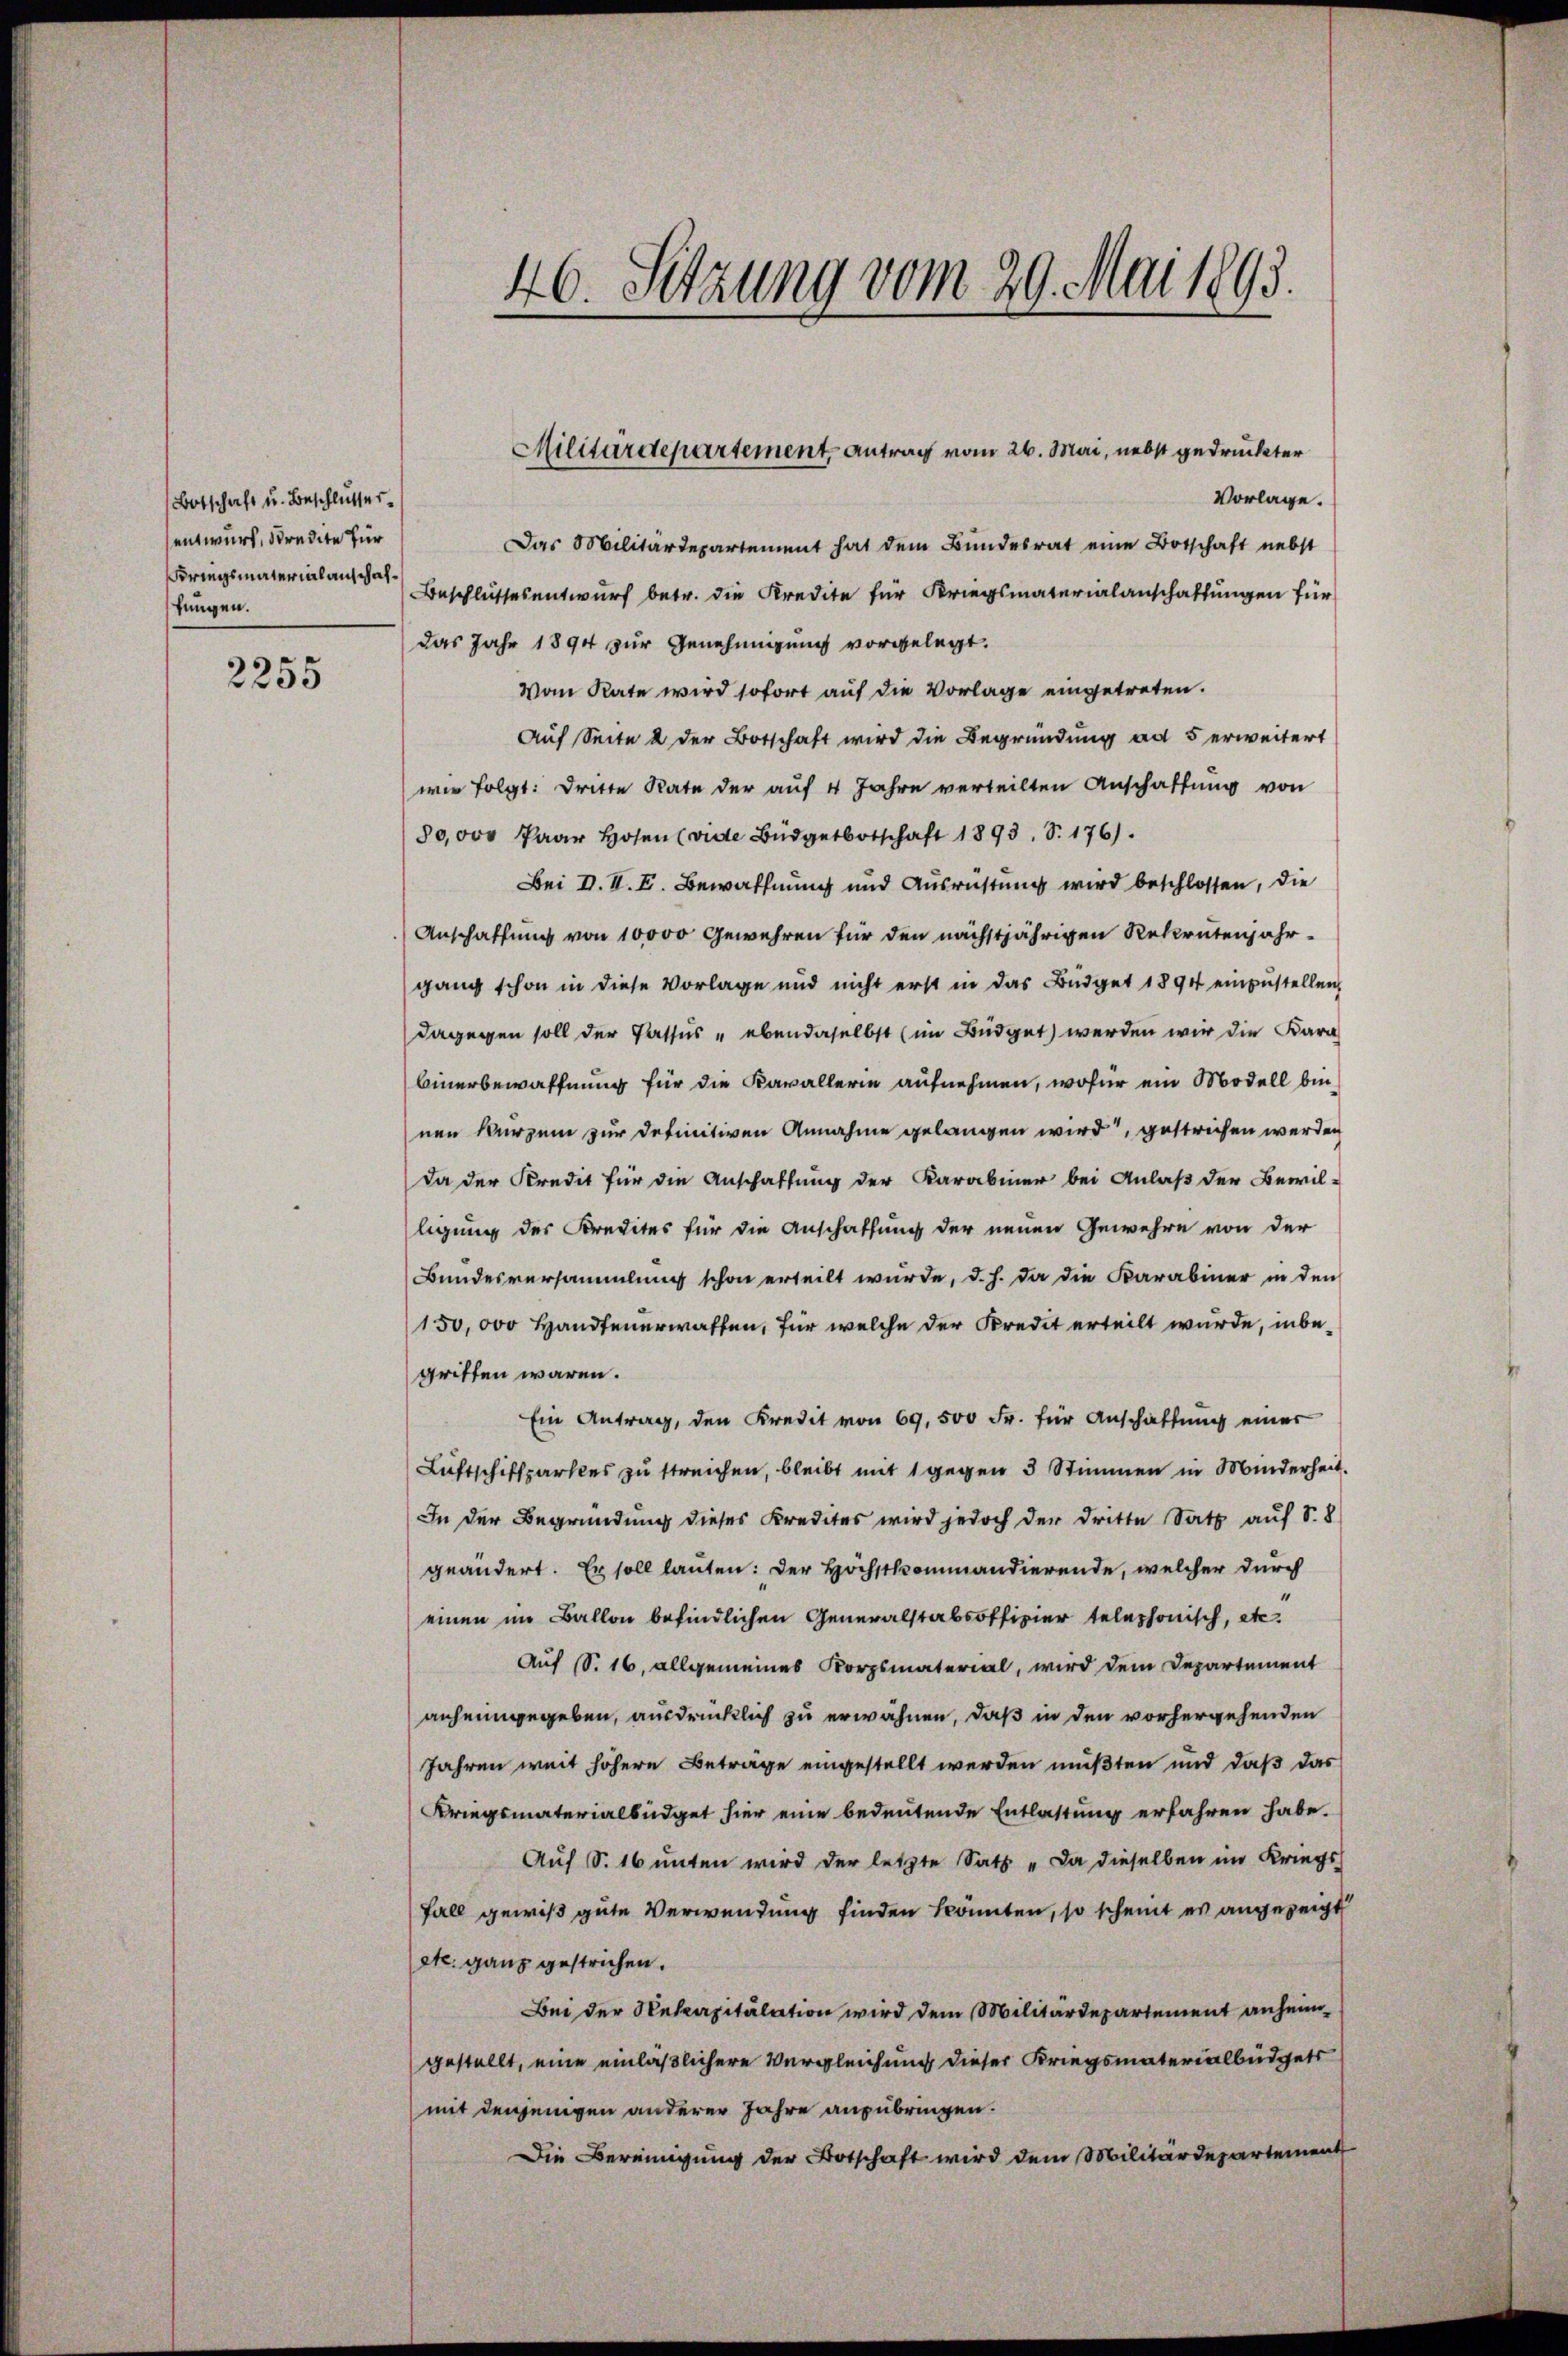
Botschaft u. Beschlusser
sentwurf, stredite für
Kriegsmaterialanschaffungen.

2255

46. Setzung vom 29. Mai 1893.

Vorlage.
Das Militärdepartement hat dem Bundesrat eine Botschaft nebst
Beschlussesentwurf betr. die Kredite für Kriegsmaterialanschaftungen für
das Jahr 1894 zur Genehmigung vorgelegt.
Von Rate wird sofort auf die Vorlage eingetreten.
Auf Seite & der Botschaft wird die Begründung ad 5 erweitert
wir folgt: Dritte Rate der auf 4 Jahre verteilten Anschaffung von
80,000 Paar Hosen (vide Büdgetbotschaft 1893, S. 176.
Bei D. I. E. Bewaffnung und Ausrichtung wird beschlossen, die
Anschaffung von 10000 Gewehren für den nächstjährigen Rekrutenjahr-
gang schon in diese Vorlage und nicht erst in das Büdget 1894 einzustellen,
dagegen soll der Passus - ebendaselbst (im Büdget werden wir die Kara
Binerbewaffnung für die Kavallerin aufnehmen, wofür ein Modell binnen Kurzen zur definitiven Annahme gelangen wird, gestrichen werden
Da der Kredit für die Anschaffung der Karabiner bei Anlaß der Bewil-
ligung des Kredites für die Anschaffung der neuen Gewehre von der
Bundesversammlung schon erteilt wurde, d. h. da die Karabiner in den
150,000 Handtenerwaffen, für welche der Kredit erteilt wurde, inbegriffen wären.
Ein Antrag, den Kredit von 69,500 Fr. für Anschaftung einer
Luftschiftparkes zu streichen, bleibt mit 1 gegen 3 Stimmen in Minderheit.
In der Begründung dieses Kredites wird jedoch der dritte Satz auf S. 8
geändert. Er soll lauten: Der Höchstkommandierende, welcher durch
einen im Ballon befindlichen Generalstabsoffizier telephonisch, etc.
Auf S. 16, allgemeines Korpsmaterial, wird dem Departement
anheimgegeben, ausdrücklich zu erwähnen, daß in den vorhergehenden
Jahren weit höhere Betrage eingestellt werden mußten und daß das
Kriegsmaterialbüdget hier eine bedeutende Entlastung erfahren habe.
Auf S. 16 unten wird der letzte Satz „Da dieselben im Kriegs
Fall gewiß gute Verwendung finden könnten, so scheint es angezeigt
etc. ganz gestrichen.
Bei der Rekapitulation wird dem Militärdepartement anheimgestellt, eine einläßlichere Vergleichung dieser Kriegsmaterialbüdgets
mit denjenigen anderer Jahre anzubringen.
Die Bereinigung der Botschaft wird dem Militärdepartement

Militärdepartement, Antrag vom 26. Mai, nebst gedruckter